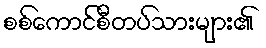
စစ်ကောင်စီတပ်သားများ၏